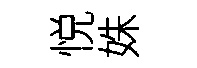
悦姝